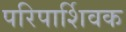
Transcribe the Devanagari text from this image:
परिपार्शिवक